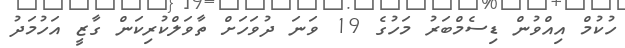
ހުކުމް އިއްވުން ޑިސެމްބަރު މަހުގެ 19 ވަނަ ދުވަހަށް ތާވަލްކުރިކަން ގާޒީ އަހުމަދު